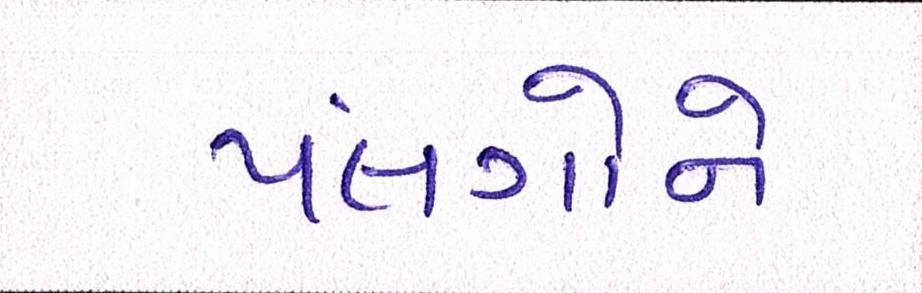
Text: પલંગોને